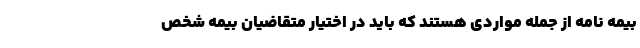
بیمه نامه از جمله مواردی هستند که باید در اختیار متقاضیان بیمه شخص